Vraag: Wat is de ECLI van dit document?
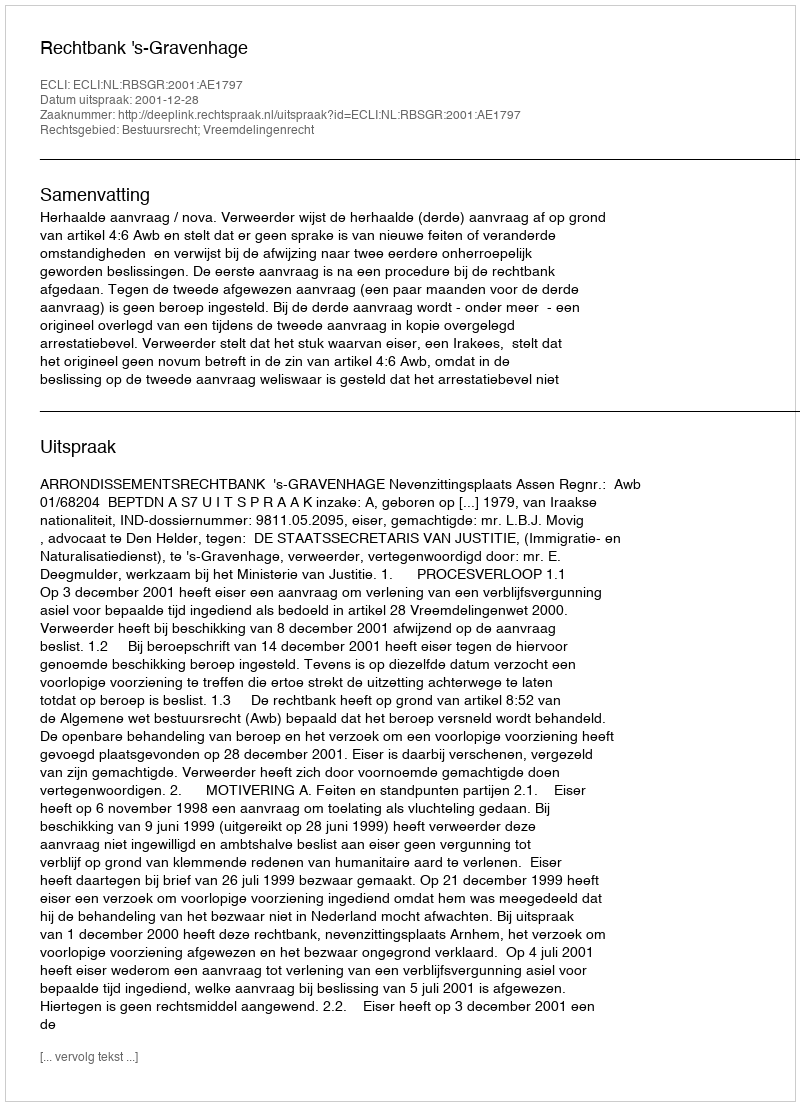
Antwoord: ECLI:NL:RBSGR:2001:AE1797